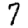
Digit: 7